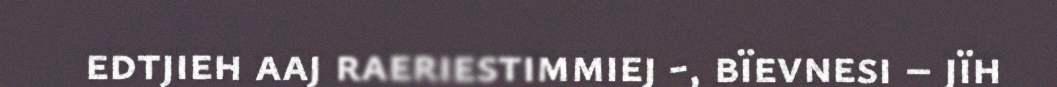
edtjieh aaj raeriestimmiej -, bïevnesi – jïh